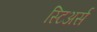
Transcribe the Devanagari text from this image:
स्टिअर्स